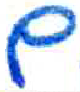
אות: ם